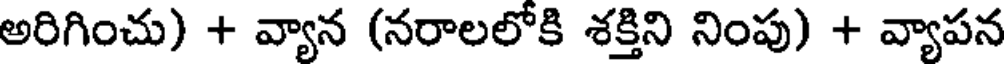
అరిగించు) + వ్యాన (నరాలలోకి శక్తిని నింపు) + వ్యాపన